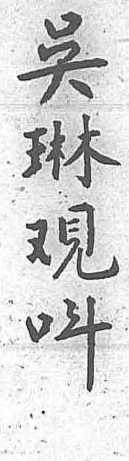
吳琳觀呌